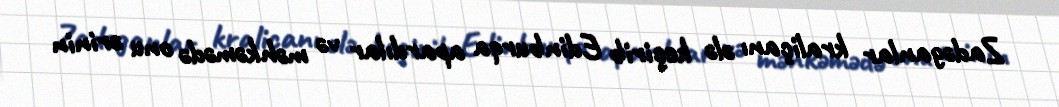
Zadəganlar kraliçanı ələ keçirib Edinburqa apardılar və məhkəmədə onu ərinin